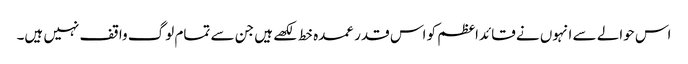
اس حوالے سے انہوں نے قائداعظم کو اس قدر عمدہ خط لکھے ہیں جن سے تمام لوگ واقف نہیں ہیں۔